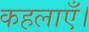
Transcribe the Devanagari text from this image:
कहलाएँ।